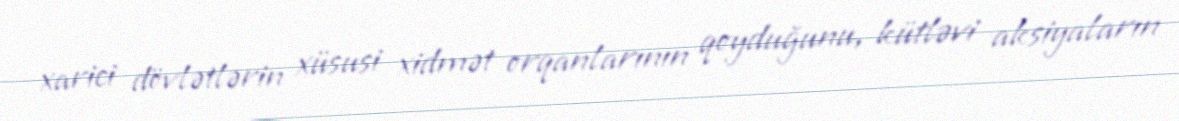
xarici dövlətlərin xüsusi xidmət orqanlarının qoyduğunu, kütləvi aksiyaların